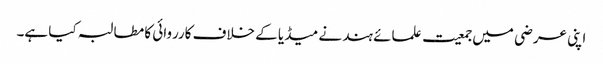
اپنی عرضی میں جمعیت علمائے ہند نے میڈیا کے خلاف کارروائی کا مطالبہ کیا ہے۔